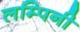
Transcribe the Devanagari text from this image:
लम्पिनी